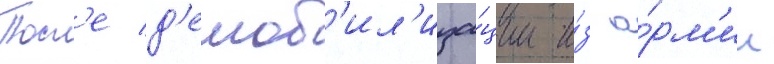
Посл'е д'емоб'ил'иза́ции и́з а́рм'ии